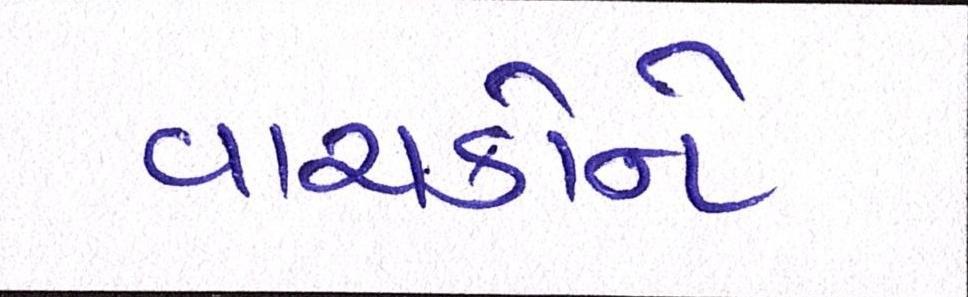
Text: વાચકોને